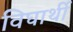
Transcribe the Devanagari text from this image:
विघार्थी